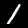
Label: 1